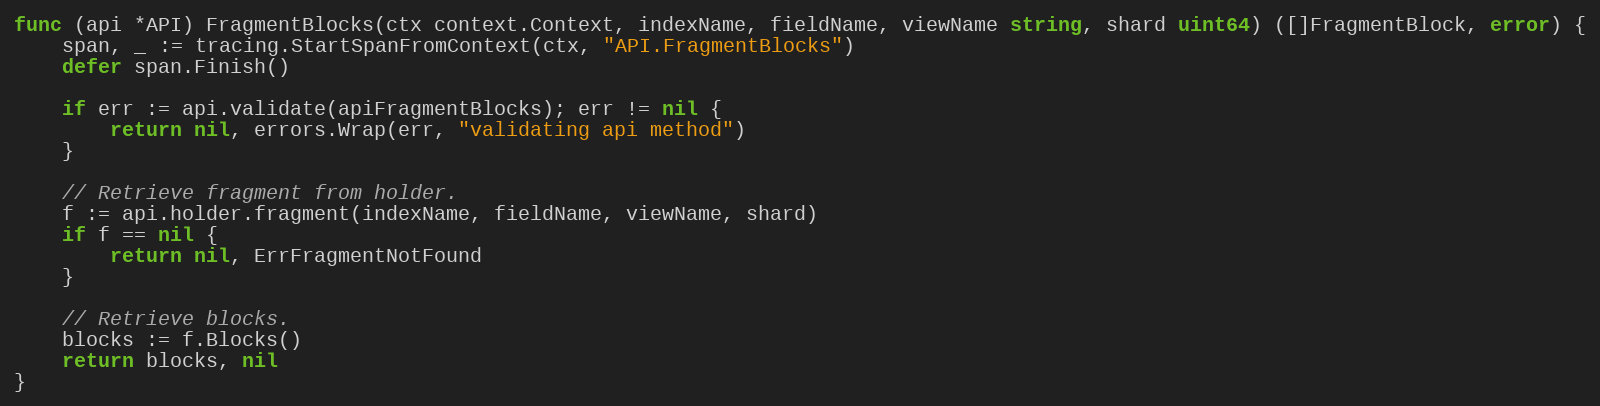
Language: Go
func (api *API) FragmentBlocks(ctx context.Context, indexName, fieldName, viewName string, shard uint64) ([]FragmentBlock, error) {
	span, _ := tracing.StartSpanFromContext(ctx, "API.FragmentBlocks")
	defer span.Finish()

	if err := api.validate(apiFragmentBlocks); err != nil {
		return nil, errors.Wrap(err, "validating api method")
	}

	// Retrieve fragment from holder.
	f := api.holder.fragment(indexName, fieldName, viewName, shard)
	if f == nil {
		return nil, ErrFragmentNotFound
	}

	// Retrieve blocks.
	blocks := f.Blocks()
	return blocks, nil
}